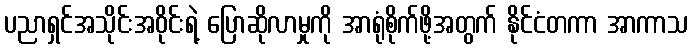
ပညာရှင်အသိုင်းအဝိုင်းရဲ့ ပြောဆိုလာမှုကို အာရုံစိုက်ဖို့အတွက် နိုင်ငံတကာ အာကာသ